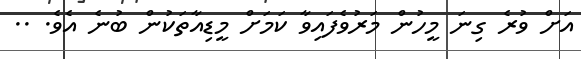
އަށް ވުރެ ގިނަ މީހުން މަރުވެފައިވާ ކަމަށް މީޑިއާތަކުން ބުނެ އެވެ. ..